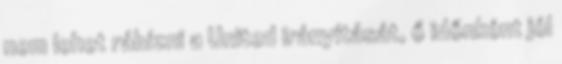
nem lehet rábízni a United irányítását, ő időnként jól